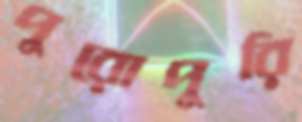
পুরোপুরি